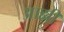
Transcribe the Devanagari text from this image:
आह्मी